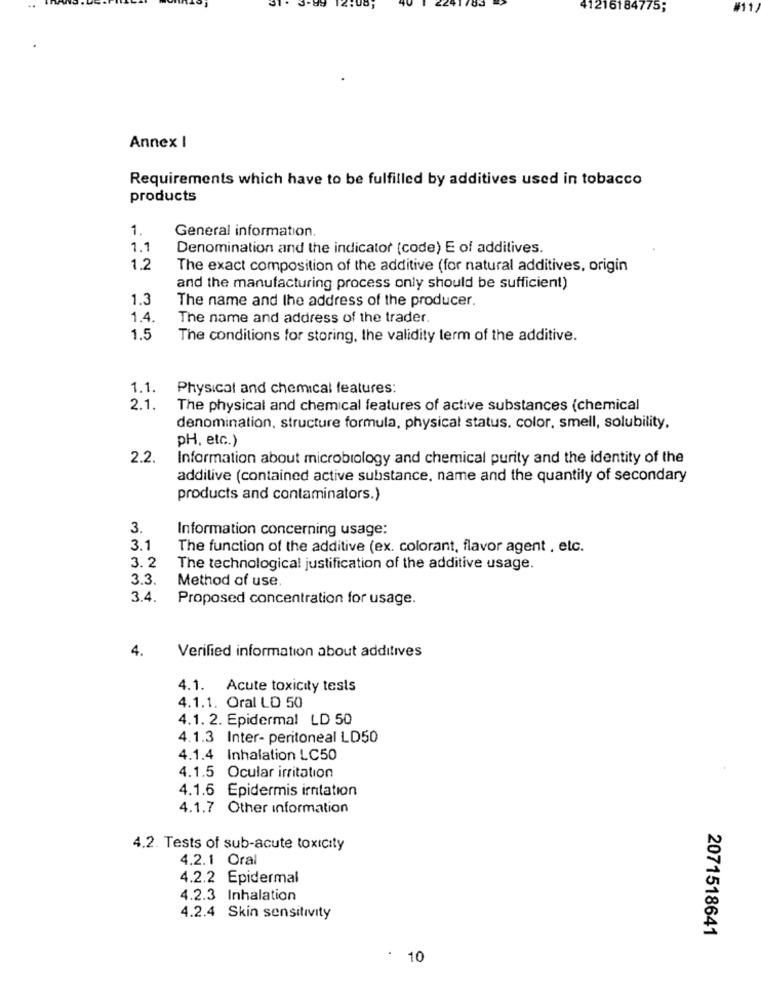
41216184775;
11
Annex I
Requirements which have to be fulfilled by additives used in tobacco
products
1.
General information.
1.1
Denomination and the indicator (code) E of additives.
1.2
The exact composition of the additive (for natural additives, origin
and the manufacturing process only should be sufficient)
1.3
The name and the address of the producer.
1.4.
The name and address of the trader.
1,5
The conditions for storing, the validity term of the additive.
1.1. Physical and chemical features:
2.1.
The physical and chemical features of active substances (chemical
denomination, structure formula, physical status. color, smell, solubility,
pH, etc.)
2.2.
Information about microbiology and chemical purity and the identity of the
addilive (contained active substance, name and the quantity of secondary
products and contaminators.)
3.
Information concerning usage:
3.1
The function of the additive (ex. colorant, flavor agent , etc.
3.2
The technological justification of the additive usage.
3.3.
Method of use
3.4.
Proposed concentration for usage.
4.
Verified information about additives
4.1. Acute toxicity tests
4.1.1. Oral LD 50
4.1. 2. Epidermal LD 50
4.1.3 Inter- peritoneal LD50
4.1.4 Inhalation LC50
4.1.5 Ocular irritation
4.1.6 Epidermis irntation
4.1.7 Other information
4.2. Tests of sub-acute toxicity
4.2.1 Oral
4.2.2 Epidermal
4.2.3 Inhalation
4.2.4 Skin sensitivity
2071518641
10